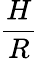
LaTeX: \frac{H}{R}